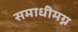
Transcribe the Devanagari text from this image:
समाधीमग्न